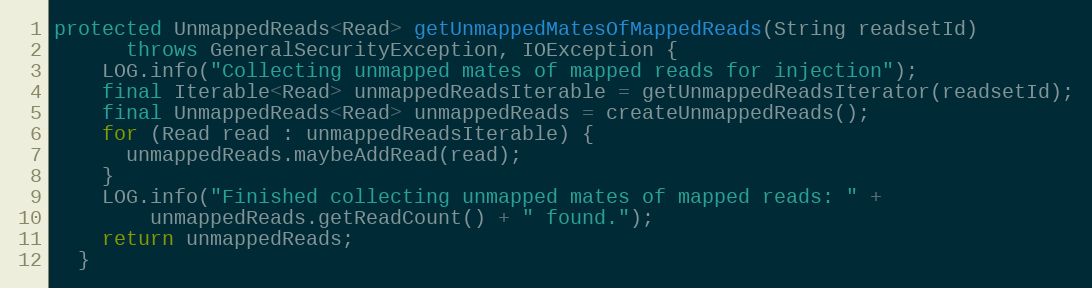
Language: Java
protected UnmappedReads<Read> getUnmappedMatesOfMappedReads(String readsetId)
      throws GeneralSecurityException, IOException {
    LOG.info("Collecting unmapped mates of mapped reads for injection");
    final Iterable<Read> unmappedReadsIterable = getUnmappedReadsIterator(readsetId);
    final UnmappedReads<Read> unmappedReads = createUnmappedReads();
    for (Read read : unmappedReadsIterable) {
      unmappedReads.maybeAddRead(read);
    }
    LOG.info("Finished collecting unmapped mates of mapped reads: " +
        unmappedReads.getReadCount() + " found.");
    return unmappedReads;
  }